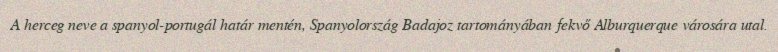
A herceg neve a spanyol-portugál határ mentén, Spanyolország Badajoz tartományában fekvő Alburquerque városára utal.